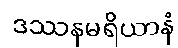
ဒဿနမရိယာနံ